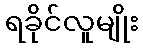
ရခိုင်လူမျိုး